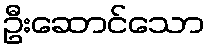
ဦးဆောင်သော